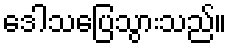
ဒေါသပြေသွားသည်။